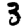
Digit: 3